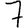
Digit: 7